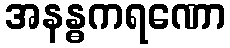
အနန္ဓကရဏော